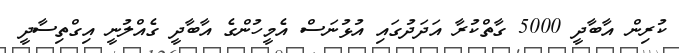
ކުރިން އާބާދީ 5000 ގާތްކުރާ އަދަދުގައި އުޅުނަސް އެމީހުންގެ އާބާދީ ގެއްލުނީ އިގްތިސާދީ